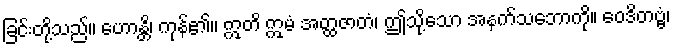
ခြင်းတို့သည်။ ဟောန္တိ၊ ကုန်၏။ ဣတိ ဣမံ အတ္ထဇာတံ၊ ဤသို့သော အနက်သဘောကို။ ဝေဒိတဗ္ဗံ၊